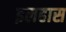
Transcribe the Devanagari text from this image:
इलहास